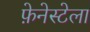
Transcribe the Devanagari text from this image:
फ़ेनेस्टेला